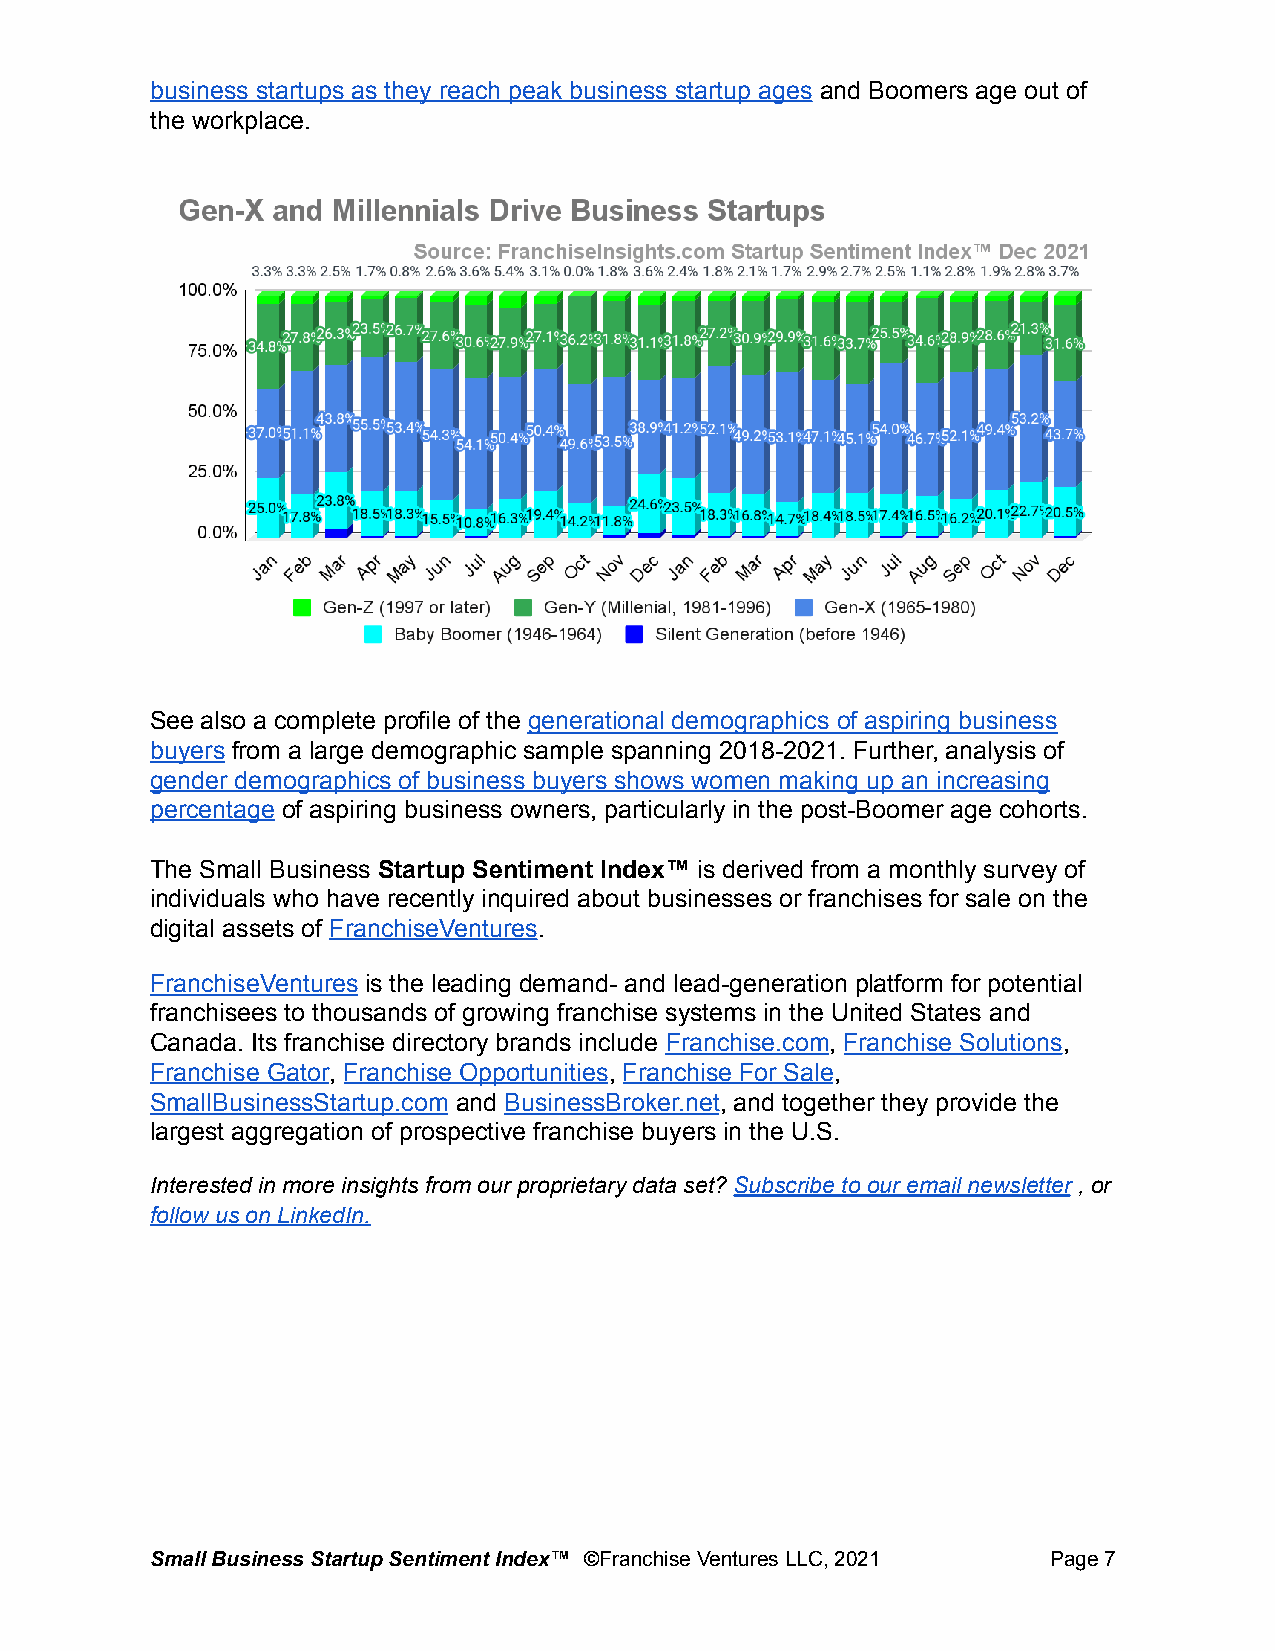
business startups as they reach peak business startup ages and Boomers age out of
 the workplace.
 See also a complete profile of the generational demographics of aspiring business
 buyers from a large demographic sample spanning 2018-2021. Further, analysis of
 gender demographics of business buyers shows women making up an increasing
 percentage of aspiring business owners, particularly in the post-Boomer age cohorts.
 The Small Business Startup Sentiment Index™ is derived from a monthly survey of
 individuals who have recently inquired about businesses or franchises for sale on the
 digital assets of FranchiseVentures.
 FranchiseVentures is the leading demand- and lead-generation platform for potential
 franchisees to thousands of growing franchise systems in the United States and
 Canada. Its franchise directory brands include Franchise.com, Franchise Solutions,
 Franchise Gator, Franchise Opportunities, Franchise For Sale,
 SmallBusinessStartup.com and BusinessBroker.net, and together they provide the
 largest aggregation of prospective franchise buyers in the U.S.
 Interested in more insights from our proprietary data set? Subscribe to our email newsletter , or
 follow us on LinkedIn.
 Small Business Startup Sentiment Index™ ©FranchiseVentures LLC, 2021 Page7